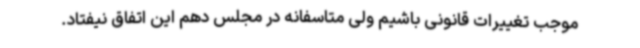
موجب تغییرات قانونی باشیم ولی متاسفانه در مجلس دهم این اتفاق نیفتاد.